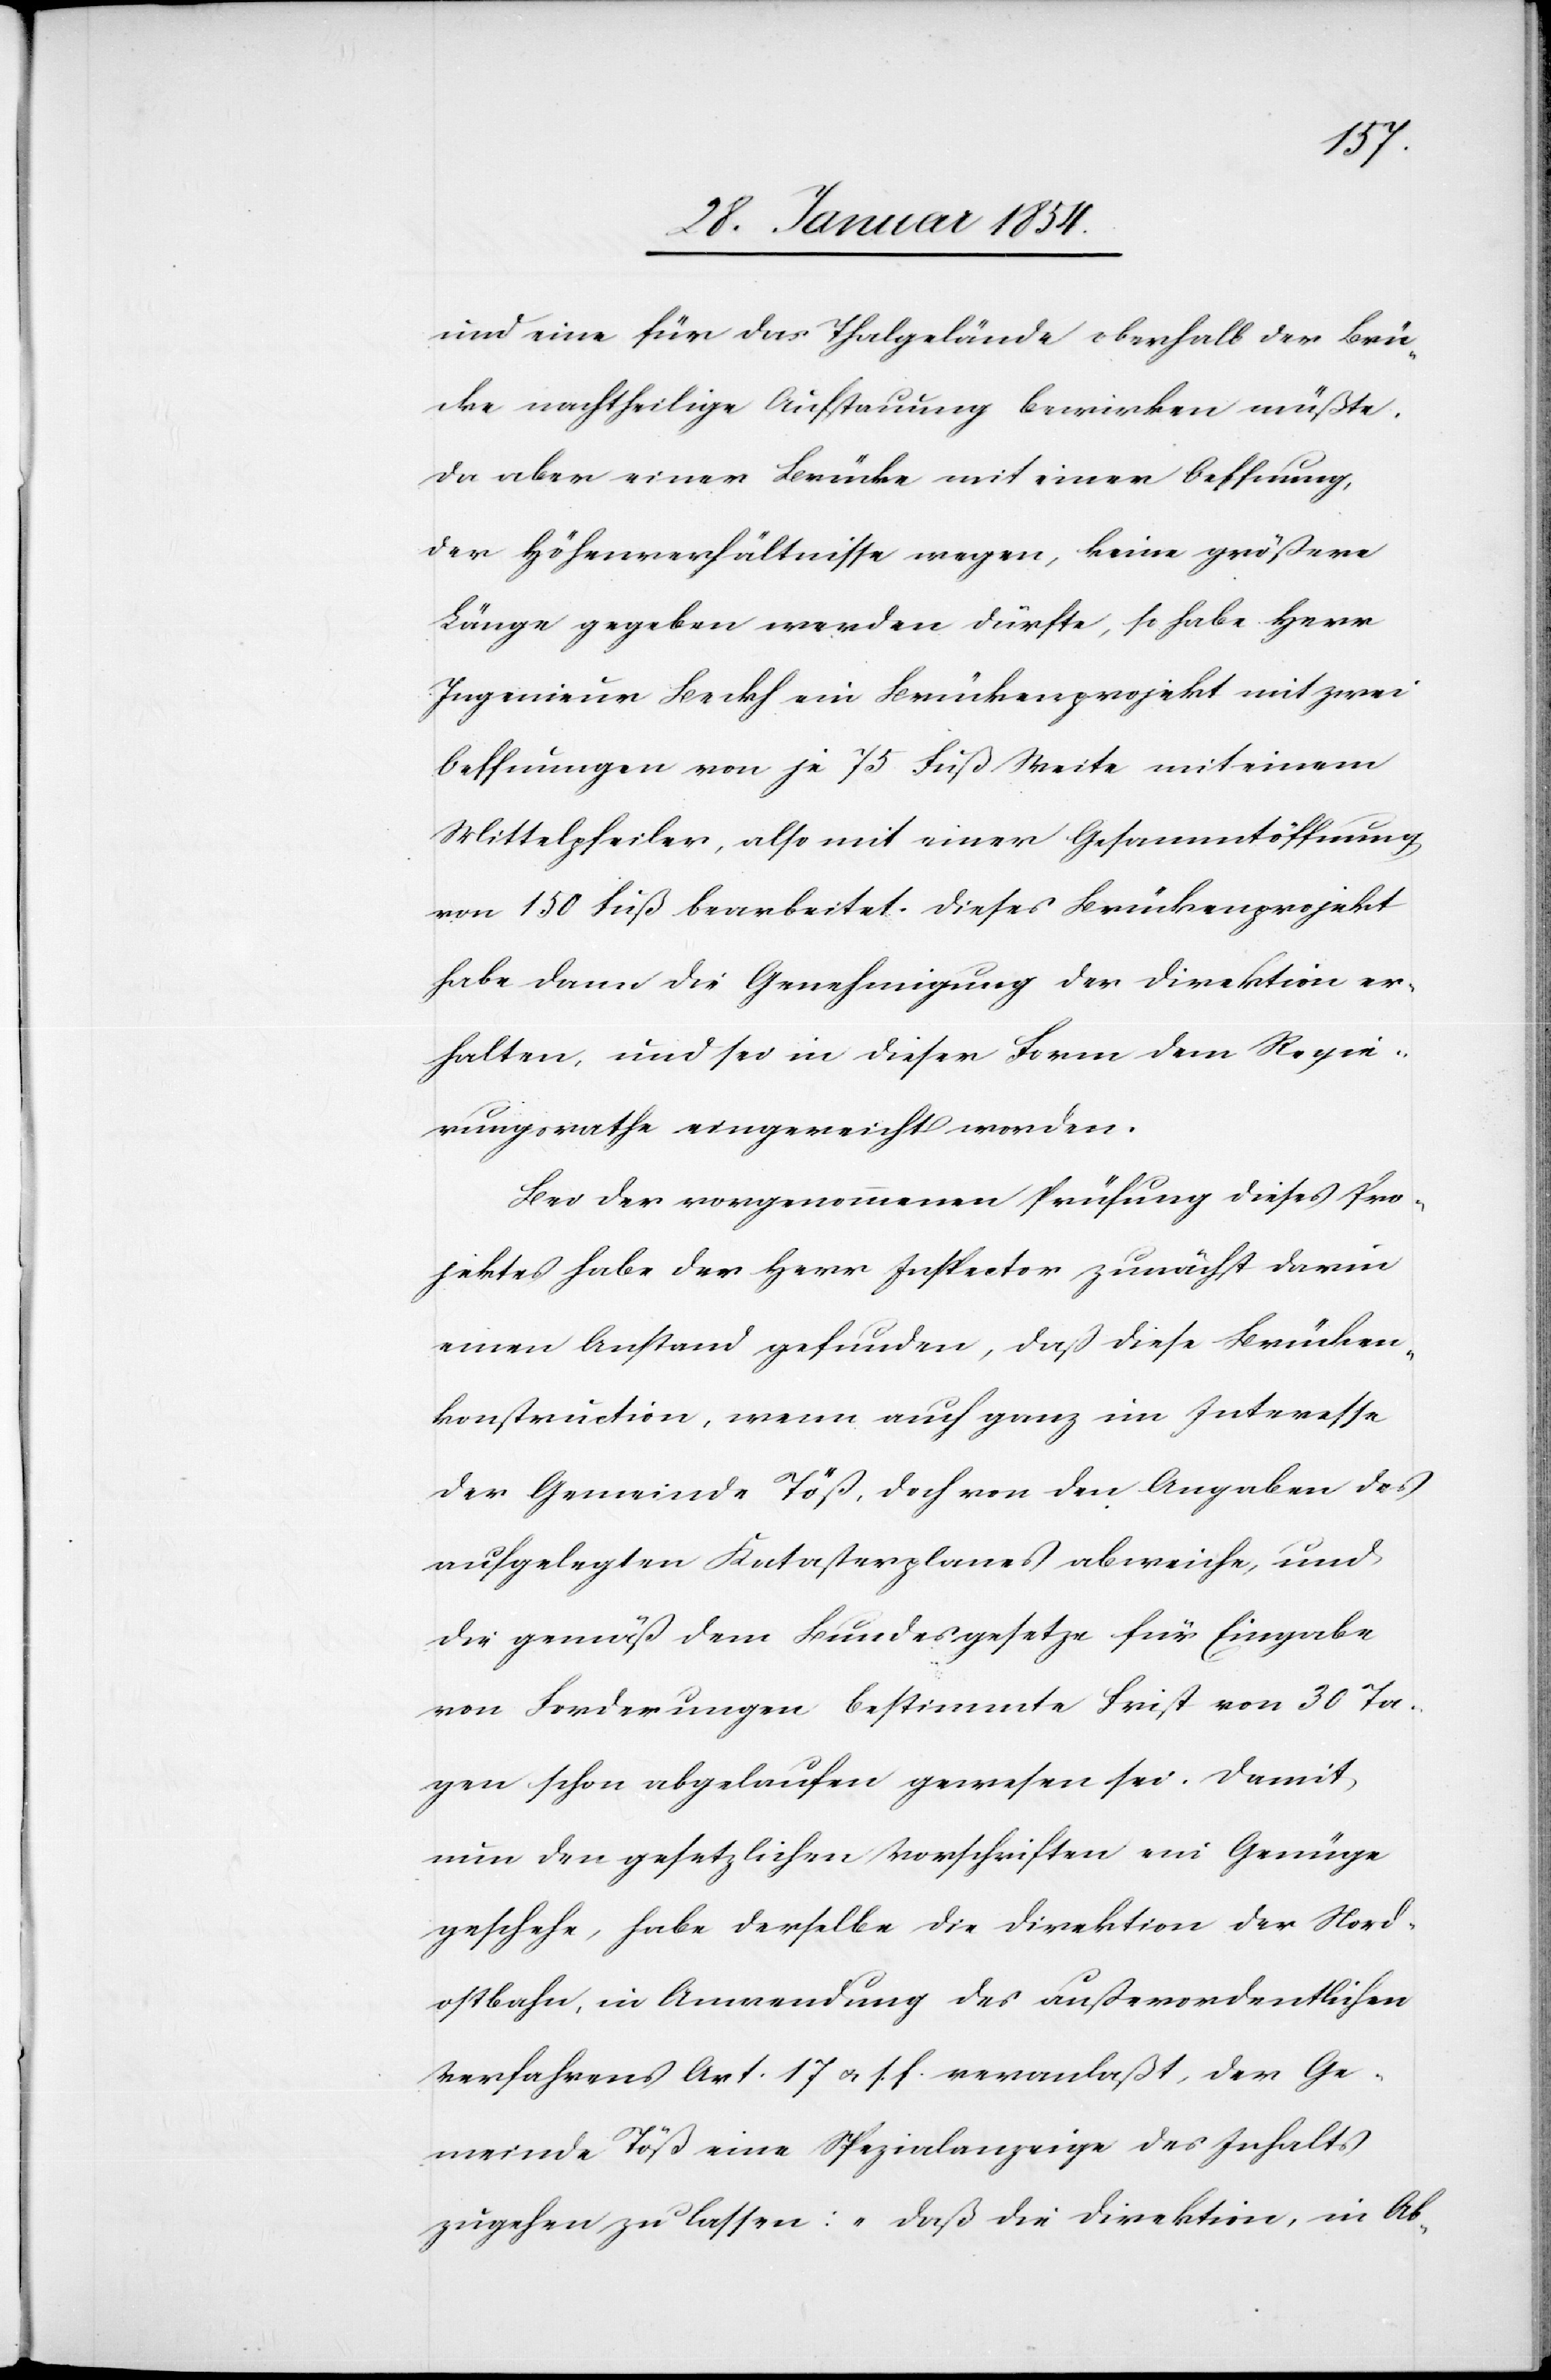
und eine für das Thalgelände oberhalb der Brü¬
cke nachtheilige Aufstauung bewirken müßte.
Da aber einer Brücke mit einer Oeffnung,
der Höhenverhältnisse wegen, keine größere
Länge gegeben werden dürfte, so habe Herr
Ingenieur Becks ein Brückenprojekt mit zwei
Oeffnung von je 75 Fuß Weite mit einem
Mittelpfeiler, also mit einer Gesammtöffnung
von 150 Fuß bearbeitet. Dieses Brückenprojekt
habe dann die Genehmigung der Direktion er¬
halten, und sei in dieser Form dem Regie¬
rungsrathe eingereicht worden.
Bei der vorgenommenen Prüfung dieses Pro¬
jektes habe der Herr Inspector zunächst darin
einen Anstand gefunden, daß diese Brücken¬
konstruction, wenn auch ganz im Interesse
der Gemeinde Töß, doch von den Angaben des
aufgelegten Katasterplanes abweiche, und
die gemäß dem Bundesgesetze für Eingabe
von Forderungen bestimmte Frist von 39 Ta¬
gen schon abgelaufen gewesen sei. Damit
nun den gesetzlichen Vorschriften ein Genüge
geschehe, habe derselbe die Direktion der Nord¬
ostbahn, in Anwendung des außerordentlichen
Verfahrens Art 17 u. s. f. veranlaßt, der Ge¬
meinde Töß eine Spezialanzeige des Inhalts
zugehen zu lassen: „Daß die Direktion, in Ab-